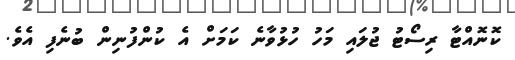
ކޮނޮއްޓާ ރިސޯޓު ޖުލައި މަހު ހުޅުވާނެ ކަމަށް އެ ކުންފުނިން ބުނެފި އެވެ.